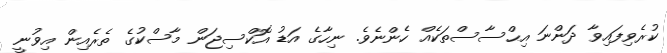
ކުރެވިފައިވާ ދަންނަ އިޙްސާސްތަކެއް ހެންނެވެ. ނިހާގެ އަޑު އޮކްސިޖަން މާސްކުގެ ތެރެއިން އިވުނީ